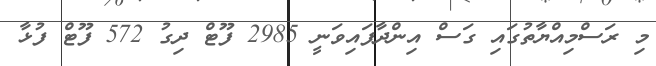
މި ރަސްމިއްޔާތުގައި ގަސް އިންދާފައިވަނީ 2985 ފޫޓް ދިގު 572 ފޫޓް ފުޅާ